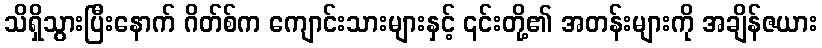
သိရှိသွားပြီးနောက် ဂိတ်စ်က ကျောင်းသားများနှင့် ၎င်းတို့၏ အတန်းများကို အချိန်ဇယား